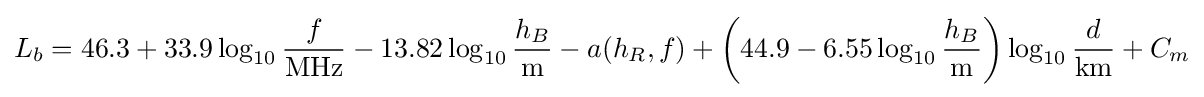
L_{b}=46.3+33.9\log _{10}{\frac {f}{\text{MHz}}}-13.82\log _{10}{\frac {h_{B}}{\text{m}}}-a(h_{R},f)+\left(44.9-6.55\log _{10}{\frac {h_{B}}{\text{m}}}\right)\log _{10}{\frac {d}{\text{km}}}+C_{m}